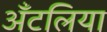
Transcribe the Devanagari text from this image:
अँटलिया